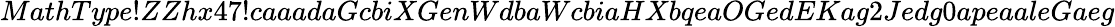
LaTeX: MathType!ZZhx47!caaadaGcbiXGenWdbaWcbiaHXbqeaOGedEKag2Jedg0apeaaleGaeg